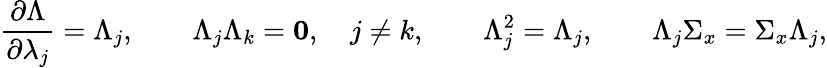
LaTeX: \frac{\partial\Lambda}{\partial\lambda_{j}}=\Lambda_{j},\qquad\Lambda_{j}\Lambda_{k}={\mathbf 0},\quad j\neq k,\qquad\Lambda_{j}^{2}=\Lambda_{j},\qquad\Lambda_{j}\Sigma_{x}=\Sigma_{x}\Lambda_{j},